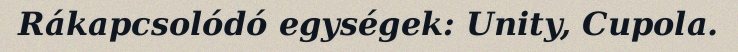
Rákapcsolódó egységek: Unity, Cupola.